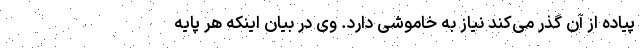
پیاده از آن گذر می‌کند نیاز به خاموشی دارد. وی در بیان اینکه هر پایه